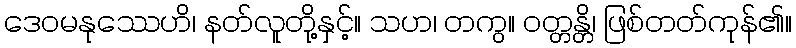
ဒေဝမနုဿေဟိ၊ နတ်လူတို့နှင့်။ သဟ၊ တကွ။ ဝတ္တန္တိ၊ ဖြစ်တတ်ကုန်၏။